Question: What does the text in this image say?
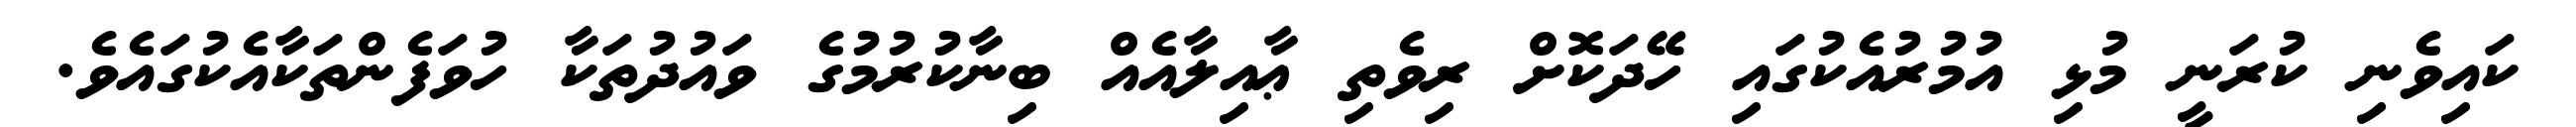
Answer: ކައިވެނި ކުރަނީ މުޅި އުމުރުއެކުގައި ހޭދަކޮށް ރިވެތި ޢާއިލާއެއް ބިނާކުރުމުގެ ވައުދުތަކާ ހުވަފެންތަކާއެކުގައެވެ.